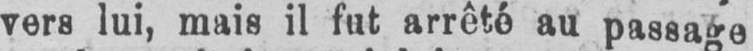
vers lui, mais il fut arrêté au passage